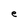
Character: e